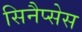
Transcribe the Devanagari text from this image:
सिनैप्सेस